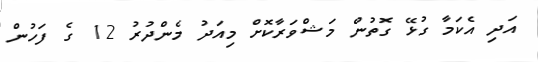
އަދި އެކަމާ ގުޅޭ ގޮތުން މަޝްވަރާކޮށް މިއަދު މެންދުރު 12 ގެ ފަހުން